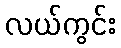
လယ်ကွင်း